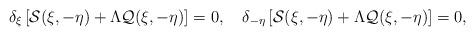
LaTeX: \begin{align*}\left.\begin{array}{ll}\delta_{\xi}\left[\mathcal{S}(\xi,-\eta)+\Lambda \mathcal{Q}(\xi,-\eta)\right]=0,\quad\delta_{-\eta}\left[\mathcal{S}(\xi,-\eta)+\Lambda \mathcal{Q}(\xi,-\eta)\right]=0,\end{array}\right.\end{align*}